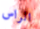
الراس